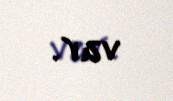
var.